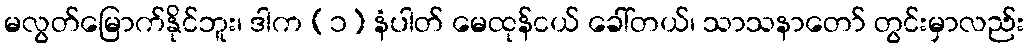
မလွတ်မြောက်နိုင်ဘူး၊ ဒါက (၁) နံပါတ် မေထုန်ငယ် ခေါ်တယ်၊ သာသနာတော် တွင်းမှာလည်း